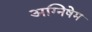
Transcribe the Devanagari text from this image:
अग्निषेम